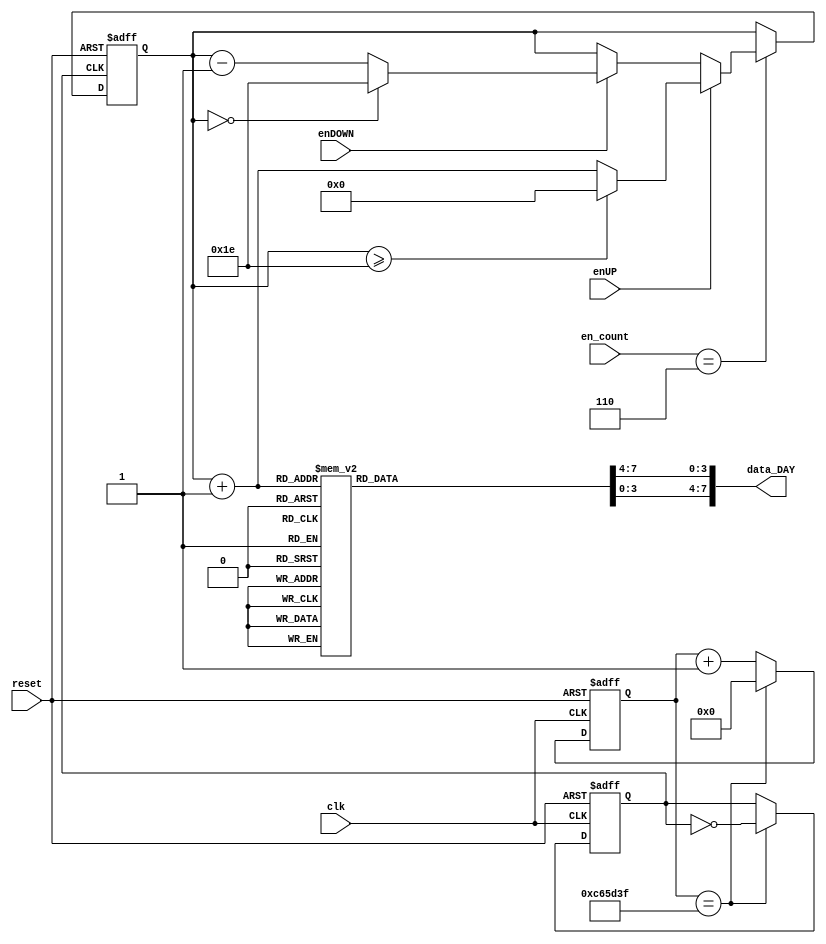
`timescale 1ns / 1ps
//////////////////////////////////////////////////////////////////////////////////
// Company: 
// 
// Design Name: 
// Module Name:    contador_AD_DAY_2dig 
// Project Name: 
// Target Devices: 
// Tool versions: 
// Description: 
//
// Dependencies: 
//
// Revision: 
// Revision 0.01 - File Created
// Additional Comments: 
//
//////////////////////////////////////////////////////////////////////////////////
module contador_AD_DAY_2dig
(
input wire clk,
input wire reset,
input wire [3:0] en_count,
input wire enUP,
input wire enDOWN,
output wire [7:0] data_DAY
);

localparam N = 5; // Para definir el nmero de bits del contador (hasta 31->5 bits)
//Declaracin de seales
reg [N-1:0] q_act, q_next;
wire [N-1:0] count_data;
reg [3:0] digit1, digit0;

// Bits del contador para generar una seal peridica de (2^N)*10ns
localparam N_bits =24;//~4Hz

reg [N_bits-1:0] btn_pulse_reg;
reg btn_pulse;

always @(posedge clk, posedge reset)
begin
	if (reset)begin btn_pulse_reg <= 0; btn_pulse <= 0; end
	
	else
	begin
		if (btn_pulse_reg == 24'd12999999)
			begin
			btn_pulse_reg <= 0;
			btn_pulse <= ~btn_pulse;
			end
		else
			btn_pulse_reg <= btn_pulse_reg + 1'b1;
	end
end	
//____________________________________________________________________________________________________________

//Descripcin del comportamiento
always@(posedge btn_pulse, posedge reset)
begin	
	
	if(reset)
	begin
		q_act <= 5'b0;
	end
	
	else
	begin
		q_act <= q_next;
	end
end


//Lgica de salida
always@*
begin

	if (en_count == 6)
	begin
		if (enUP)
		begin
			if (q_act >= 5'd30) q_next = 5'd0;
			else q_next = q_act + 5'd1;
		end
		
		else if (enDOWN)
		begin
			if (q_act == 5'd0) q_next = 5'd30;
			else q_next = q_act - 5'd1;
		end
		else q_next = q_act;
	end
	else q_next = q_act;
	
end

assign count_data = q_act + 5'b1;//Suma 1 a todas las cuentas de 0->30 a 1->31

//Decodificaci?n BCD (2 d?gitos)

always@*
begin
case(count_data)

5'd1: begin digit1 = 4'b0000; digit0 = 4'b0001; end
5'd2: begin digit1 = 4'b0000; digit0 = 4'b0010; end
5'd3: begin digit1 = 4'b0000; digit0 = 4'b0011; end
5'd4: begin digit1 = 4'b0000; digit0 = 4'b0100; end
5'd5: begin digit1 = 4'b0000; digit0 = 4'b0101; end
5'd6: begin digit1 = 4'b0000; digit0 = 4'b0110; end
5'd7: begin digit1 = 4'b0000; digit0 = 4'b0111; end
5'd8: begin digit1 = 4'b0000; digit0 = 4'b1000; end
5'd9: begin digit1 = 4'b0000; digit0 = 4'b1001; end

5'd10: begin digit1 = 4'b0001; digit0 = 4'b0000; end
5'd11: begin digit1 = 4'b0001; digit0 = 4'b0001; end
5'd12: begin digit1 = 4'b0001; digit0 = 4'b0010; end
5'd13: begin digit1 = 4'b0001; digit0 = 4'b0011; end
5'd14: begin digit1 = 4'b0001; digit0 = 4'b0100; end
5'd15: begin digit1 = 4'b0001; digit0 = 4'b0101; end
5'd16: begin digit1 = 4'b0001; digit0 = 4'b0110; end
5'd17: begin digit1 = 4'b0001; digit0 = 4'b0111; end
5'd18: begin digit1 = 4'b0001; digit0 = 4'b1000; end
5'd19: begin digit1 = 4'b0001; digit0 = 4'b1001; end

5'd20: begin digit1 = 4'b0010; digit0 = 4'b0000; end
5'd21: begin digit1 = 4'b0010; digit0 = 4'b0001; end
5'd22: begin digit1 = 4'b0010; digit0 = 4'b0010; end
5'd23: begin digit1 = 4'b0010; digit0 = 4'b0011; end
5'd24: begin digit1 = 4'b0010; digit0 = 4'b0100; end
5'd25: begin digit1 = 4'b0010; digit0 = 4'b0101; end
5'd26: begin digit1 = 4'b0010; digit0 = 4'b0110; end
5'd27: begin digit1 = 4'b0010; digit0 = 4'b0111; end
5'd28: begin digit1 = 4'b0010; digit0 = 4'b1000; end
5'd29: begin digit1 = 4'b0010; digit0 = 4'b1001; end

5'd30: begin digit1 = 4'b0011; digit0 = 4'b0000; end
5'd31: begin digit1 = 4'b0011; digit0 = 4'b0001; end

default:  begin digit1 = 0; digit0 = 0; end
endcase
end

assign data_DAY = {digit1,digit0};

endmodule